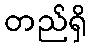
တည်ရှိ